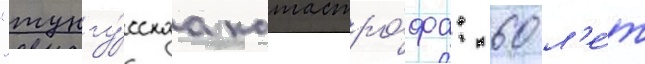
"тунгу́сскаа катастро́фа: 60 л'е́т